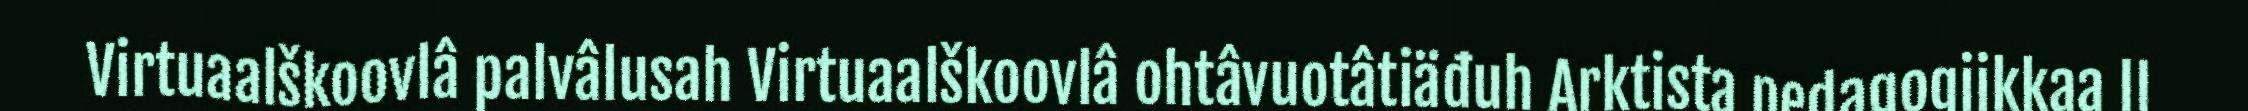
Virtuaalškoovlâ palvâlusah Virtuaalškoovlâ ohtâvuotâtiäđuh Arktista pedagogiikkaa II